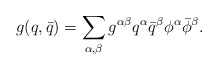
\begin{align*}g(q,\bar q)=\sum_{\alpha,\beta}g^{\alpha\beta}q^{\alpha}\bar q^{\beta}\phi^{\alpha}\bar \phi^{\beta}.\end{align*}